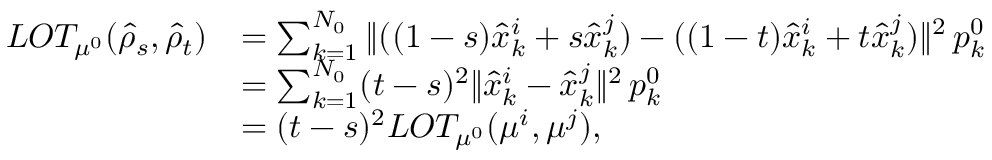
\begin{array} { r l } { L O T _ { \mu ^ { 0 } } ( \hat { \rho } _ { s } , \hat { \rho } _ { t } ) } & { = \sum _ { k = 1 } ^ { N _ { 0 } } \| ( ( 1 - s ) \hat { x } _ { k } ^ { i } + s \hat { x } _ { k } ^ { j } ) - ( ( 1 - t ) \hat { x } _ { k } ^ { i } + t \hat { x } _ { k } ^ { j } ) \| ^ { 2 } \, p _ { k } ^ { 0 } } \\ & { = \sum _ { k = 1 } ^ { N _ { 0 } } ( t - s ) ^ { 2 } \| \hat { x } _ { k } ^ { i } - \hat { x } _ { k } ^ { j } \| ^ { 2 } \, p _ { k } ^ { 0 } } \\ & { = ( t - s ) ^ { 2 } L O T _ { \mu ^ { 0 } } ( \mu ^ { i } , \mu ^ { j } ) , } \end{array}